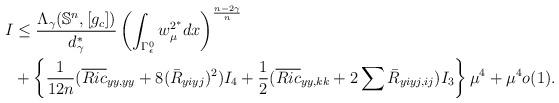
LaTeX: \begin{align*}I&\le \frac{\Lambda_\gamma(\mathbb S^n,[g_c])}{d_{\gamma}^{*}}\left(\int_{\Gamma_{\epsilon}^{0}}w_{\mu}^{2^{*}}dx\right)^{\frac{n-2\gamma}{n}}\\&+\left\{\frac{1}{12n}(\overline{Ric}_{yy,yy}+8(\bar{R}_{yiyj})^2)I_{4}+\frac{1}{2}(\overline{Ric}_{yy,kk}+2\sum\bar{R}_{yiyj,ij})I_3\right\}\mu^4+\mu^4o(1).\end{align*}